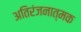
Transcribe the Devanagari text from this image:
अतिरंजनात्मक